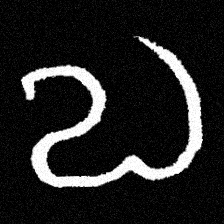
Pyu character \u2014 Myanmar letter: လ (romanized: la)